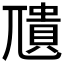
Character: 𮱣